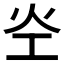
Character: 𰝷